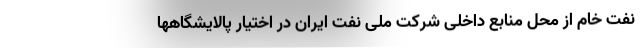
نفت خام از محل منابع داخلی شرکت ملی نفت ایران در اختیار پالایشگاهها